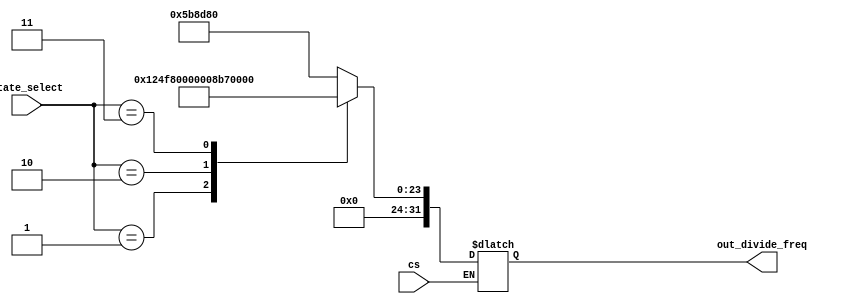
module divide_selector(state_select, cs, out_divide_freq);
  input cs;
  input[1:0] state_select;
  output[31:0] out_divide_freq;
  
  reg[31:0] out_divide_freq;
  
  always @ (state_select, cs)
	begin
	  if(cs)
	    case(state_select)
		  2'b00: out_divide_freq = 6000000;
		  2'b01: out_divide_freq = 1200000;
		  2'b10: out_divide_freq = 8;
		  2'b11: out_divide_freq = 12000000;
	    endcase
    end
endmodule